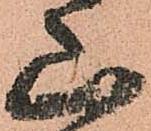
山